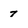
Character: 7